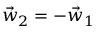
\vec { w } _ { 2 } = - \vec { w } _ { 1 }